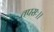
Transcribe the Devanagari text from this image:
तपसः।।